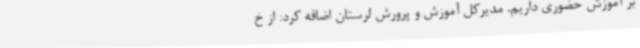
بر آموزش حضوری داریم. مدیرکل آموزش و پرورش لرستان اضافه کرد: از خ